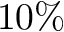
1 0 \%